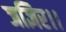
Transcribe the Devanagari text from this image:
जज्ञिर।।